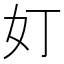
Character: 奵